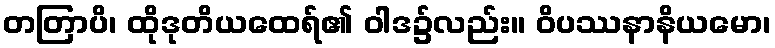
တတြာပိ၊ ထိုဒုတိယထေရ်၏ ဝါဒ၌လည်း။ ဝိပဿနာနိယမော၊